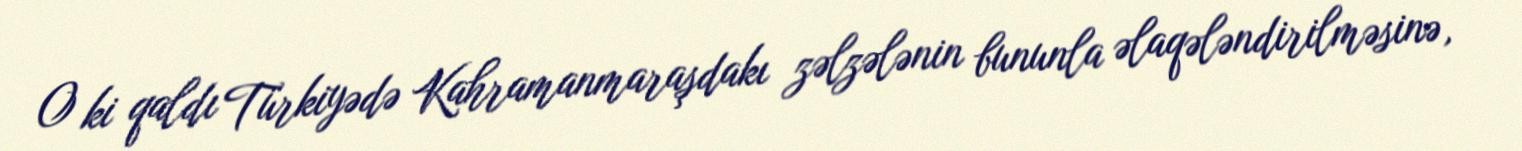
O ki qaldı Türkiyədə Kahramanmaraşdakı zəlzələnin bununla əlaqələndirilməsinə,